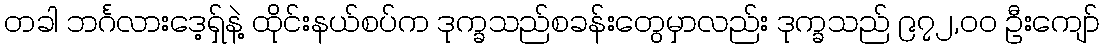
တခါ ဘင်္ဂလားဒေ့ရှ်နဲ့ ထိုင်းနယ်စပ်က ဒုက္ခသည်စခန်းတွေမှာလည်း ဒုက္ခသည် ၉၇၂,၀၀ ဦးကျော်